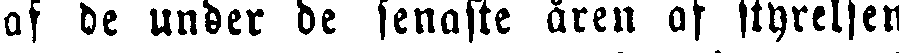
af de under de senaste åren af styrelsen